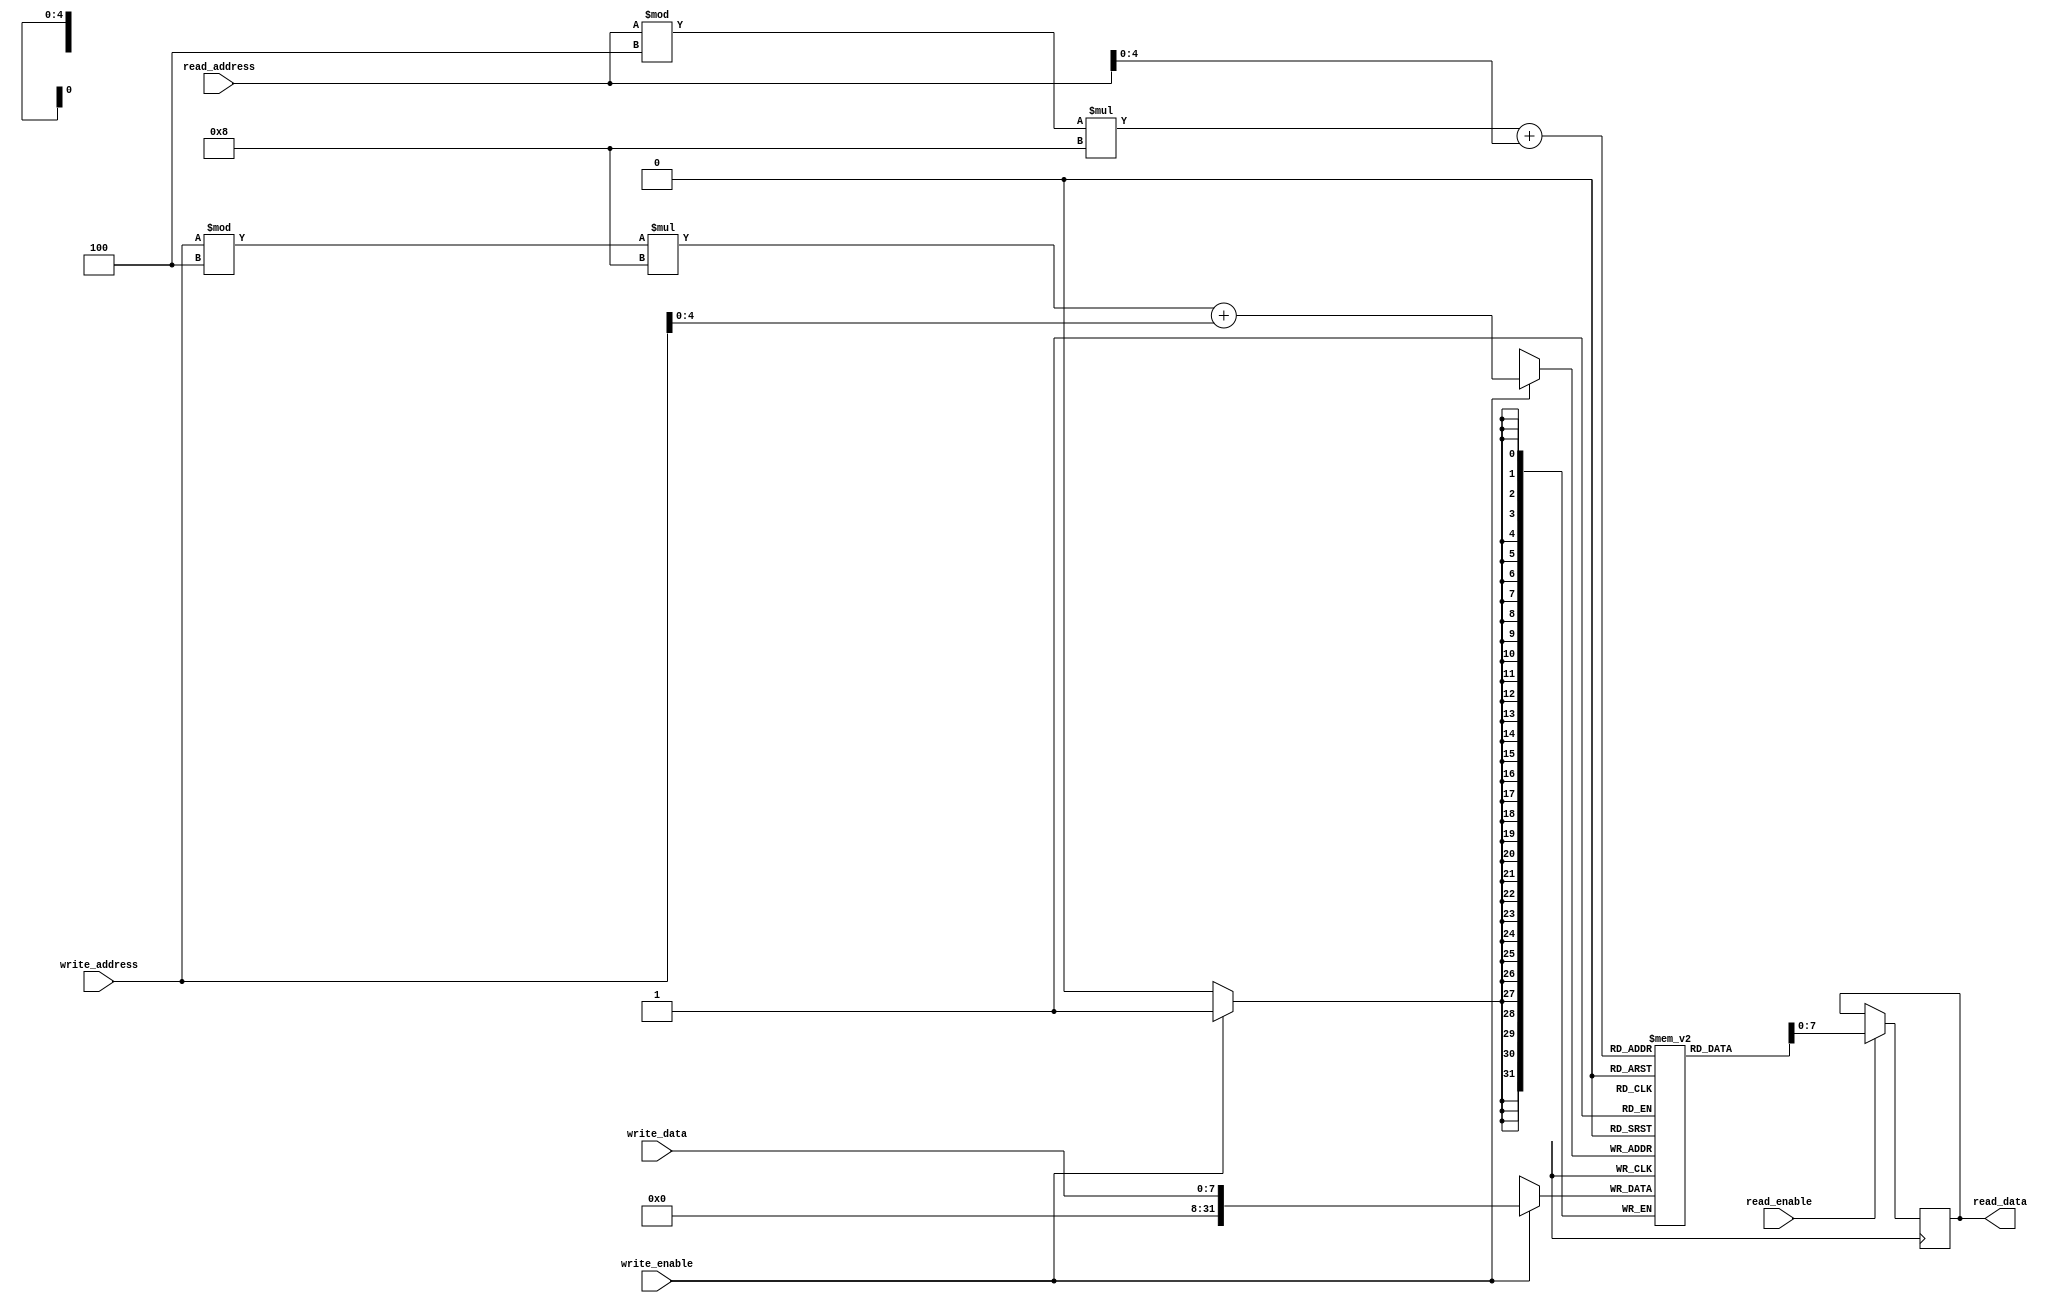
module circular_register_file (
    input wire [7:0] read_address,
    input wire [7:0] write_address,
    input wire [7:0] write_data,
    input wire read_enable,
    input wire write_enable,
    
    output reg [7:0] read_data
);
    
    reg [31:0] mem_block [3:0][7:0];
    
    always @ (posedge clk) begin
        if (write_enable) begin
            mem_block[write_address % 4][write_address] <= write_data;
        end
        
        if (read_enable) begin
            read_data <= mem_block[read_address % 4][read_address];
        end
    end
    
endmodule